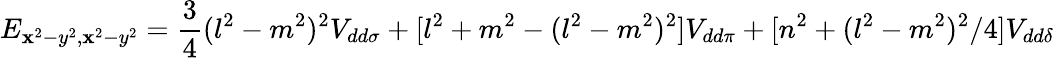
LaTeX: E_{\mathbf{x}^{2}-y^{2},\mathbf{x}^{2}-y^{2}}={\frac{{3}}{{4}}}(l^{2}-m^{2})^{2}V_{dd\sigma}+[l^{2}+m^{2}-(l^{2}-m^{2})^{2}]V_{dd\pi}+[n^{2}+(l^{2}-m^{2})^{2}/4]V_{dd\delta}